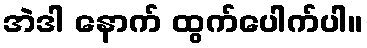
အဲဒါ နောက် ထွက်ပေါက်ပါ။